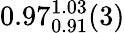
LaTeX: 0.97_{0.91}^{1.03}(3)